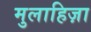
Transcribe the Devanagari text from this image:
मुलाहिज़ा